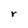
Character: r